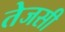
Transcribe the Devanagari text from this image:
तेजसी